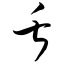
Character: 舌